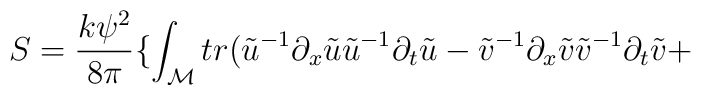
S=\frac{k\psi^2}{8\pi} \{ \int_{\cal M} tr (\tilde{u}^{-1}\partial_x \tilde{u}\tilde{u}^{-1}\partial_{t}\tilde{u} -\tilde{v}^{-1}\partial_x \tilde{v}\tilde{v}^{-1}\partial_{t}\tilde{v} +